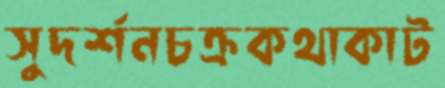
সুদর্শনচক্রকথাকাট